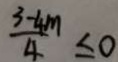
\frac { 3 - 4 m } { 4 } \leq 0